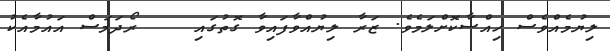
ލިޔުމެއްވެސް ހިއްސާކޮށްލަމެވެ. ޒަރާ ލިޔުއްވާފައިވާ ގޮތުގައި    ރޯދަމަސް އައުމާއެކު